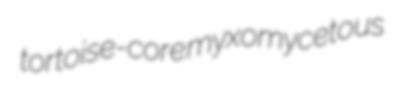
tortoise-core myxomycetous